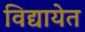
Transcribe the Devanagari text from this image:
विद्यायेत